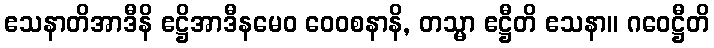
ဧသနာတိအာဒီနိ ဧဋ္ဌိအာဒီနမေဝ ဝေဝစနာနိ, တသ္မာ ဧဋ္ဌီတိ ဧသနာ။ ဂဝေဋ္ဌီတိ